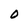
Character: 0